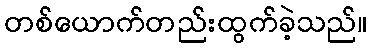
တစ်ယောက်တည်းထွက်ခဲ့သည်။